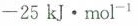
- 2 5 k J · m o l ^ { - 1}$$